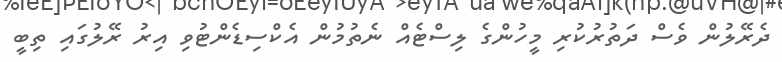
ދެރޭލުން ވެސް ދަތުރުކުރި މީހުންގެ ލިސްޓެއް ނެތުމުން އެކްސިޑެންޓުވި އިރު ރޭލުގައި ތިބީ